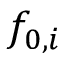
f _ { 0 , i }